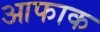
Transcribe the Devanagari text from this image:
आफाक